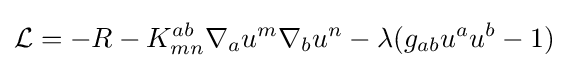
{\mathcal {L}}=-R-K_{mn}^{ab}\nabla _{a}u^{m}\nabla _{b}u^{n}-\lambda (g_{ab}u^{a}u^{b}-1)